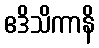
ဧဒိသိကာနိ